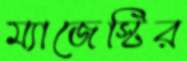
ম্যাজেস্টির